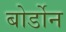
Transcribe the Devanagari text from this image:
बोर्डोन